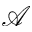
\mathscr { A }